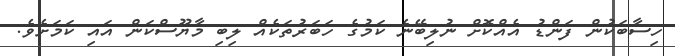
ހިސާބަކުން ފަންޑު އެއްކޮށް ނުލިބޭނެ ކަމުގެ ހަބަރުތަކެއް ލިބި މާޔޫސްކަން އައި ކަމަށެވެ.